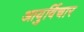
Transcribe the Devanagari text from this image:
आयुर्विचार